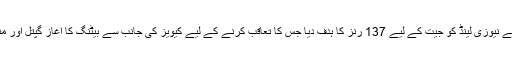
سری لنکا نے نیوزی لینڈ کو جیت کے لیے 137 رنز کا ہدف دیا جس کا تعاقب کرنے کے لیے کیویز کی جانب سے بیٹنگ کا آغاز گپتل اور منرو نے کیا۔